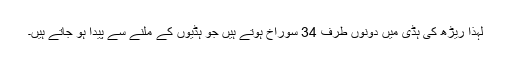
لہذا ریڑھ کی ہڈی میں دونوں طرف 34 سوراخ ہوتے ہیں جو ہڈیوں کے ملنے سے پیدا ہو جاتے ہیں۔